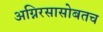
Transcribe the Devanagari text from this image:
अग्निरसासोबतच